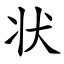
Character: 状